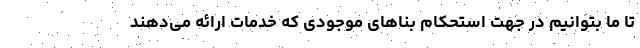
تا ما بتوانیم در جهت استحکام بناهای موجودی که خدمات ارائه می‌دهند